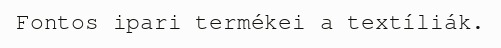
Fontos ipari termékei a textíliák.